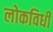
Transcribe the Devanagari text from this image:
लोकविधी